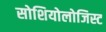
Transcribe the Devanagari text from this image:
सोशियोलोजिस्ट